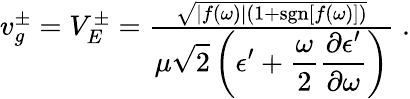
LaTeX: \begin{array}{r}{v_{g}^{\pm}=V_{E}^{\pm}=\frac{\sqrt{\left|f(\omega)\right|\left(1+\mathrm{sgn}[f(\omega)]\right)}}{\displaystyle\mu\sqrt{2}\left(\epsilon^{\prime}+\frac{\omega}{2}\frac{\partial\epsilon^{\prime}}{\partial\omega}\right)}\; .}\end{array}